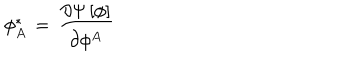
\phi _ { A } ^ { \ast } \, = \, { \frac { \partial \Psi \, [ \phi ] } { \partial \phi ^ { A } } }